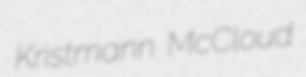
Kristmann McCloud